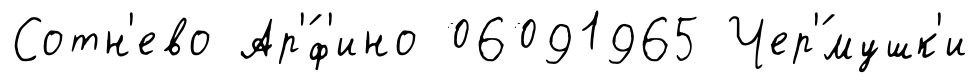
Сотн'ево Ар'́ф'ино 06091965 Чер'́мушк'и